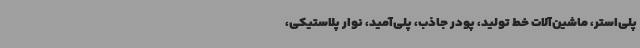
پلی‌استر، ماشین‌آلات خط تولید، پودر جاذب، پلی‌آمید، نوار پلاستیکی،